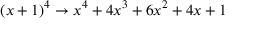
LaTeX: ( x + 1 ) ^ { 4 } \rightarrow x ^ { 4 } + 4 x ^ { 3 } + 6 x ^ { 2 } + 4 x + 1